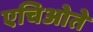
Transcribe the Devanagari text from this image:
एचिओते